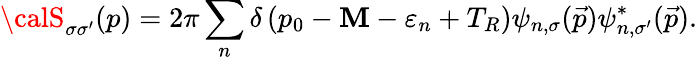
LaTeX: {\calS}_{\sigma\sigma^{\prime}}(p)=2\pi\sum_{n}\delta\left(p_{0}-\mathbf{M}-\varepsilon_{n}+T_{R}\right)\psi_{n,\sigma}({\vec{{p}}})\psi_{n,\sigma^{\prime}}^{*}({\vec{{p}}}).